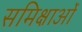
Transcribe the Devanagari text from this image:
समिक्षाओं